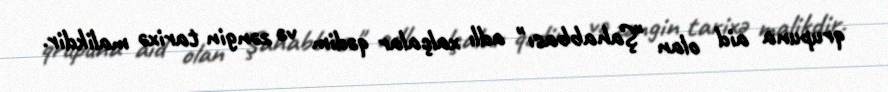
qrupuna aid olan "Şahabbası" adlı xalçalar qədim və zəngin tarixə malikdir.